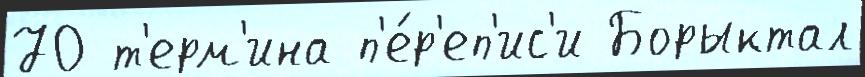
70 т'ерм'ина п'е́р'еп'ис'и Борыктал